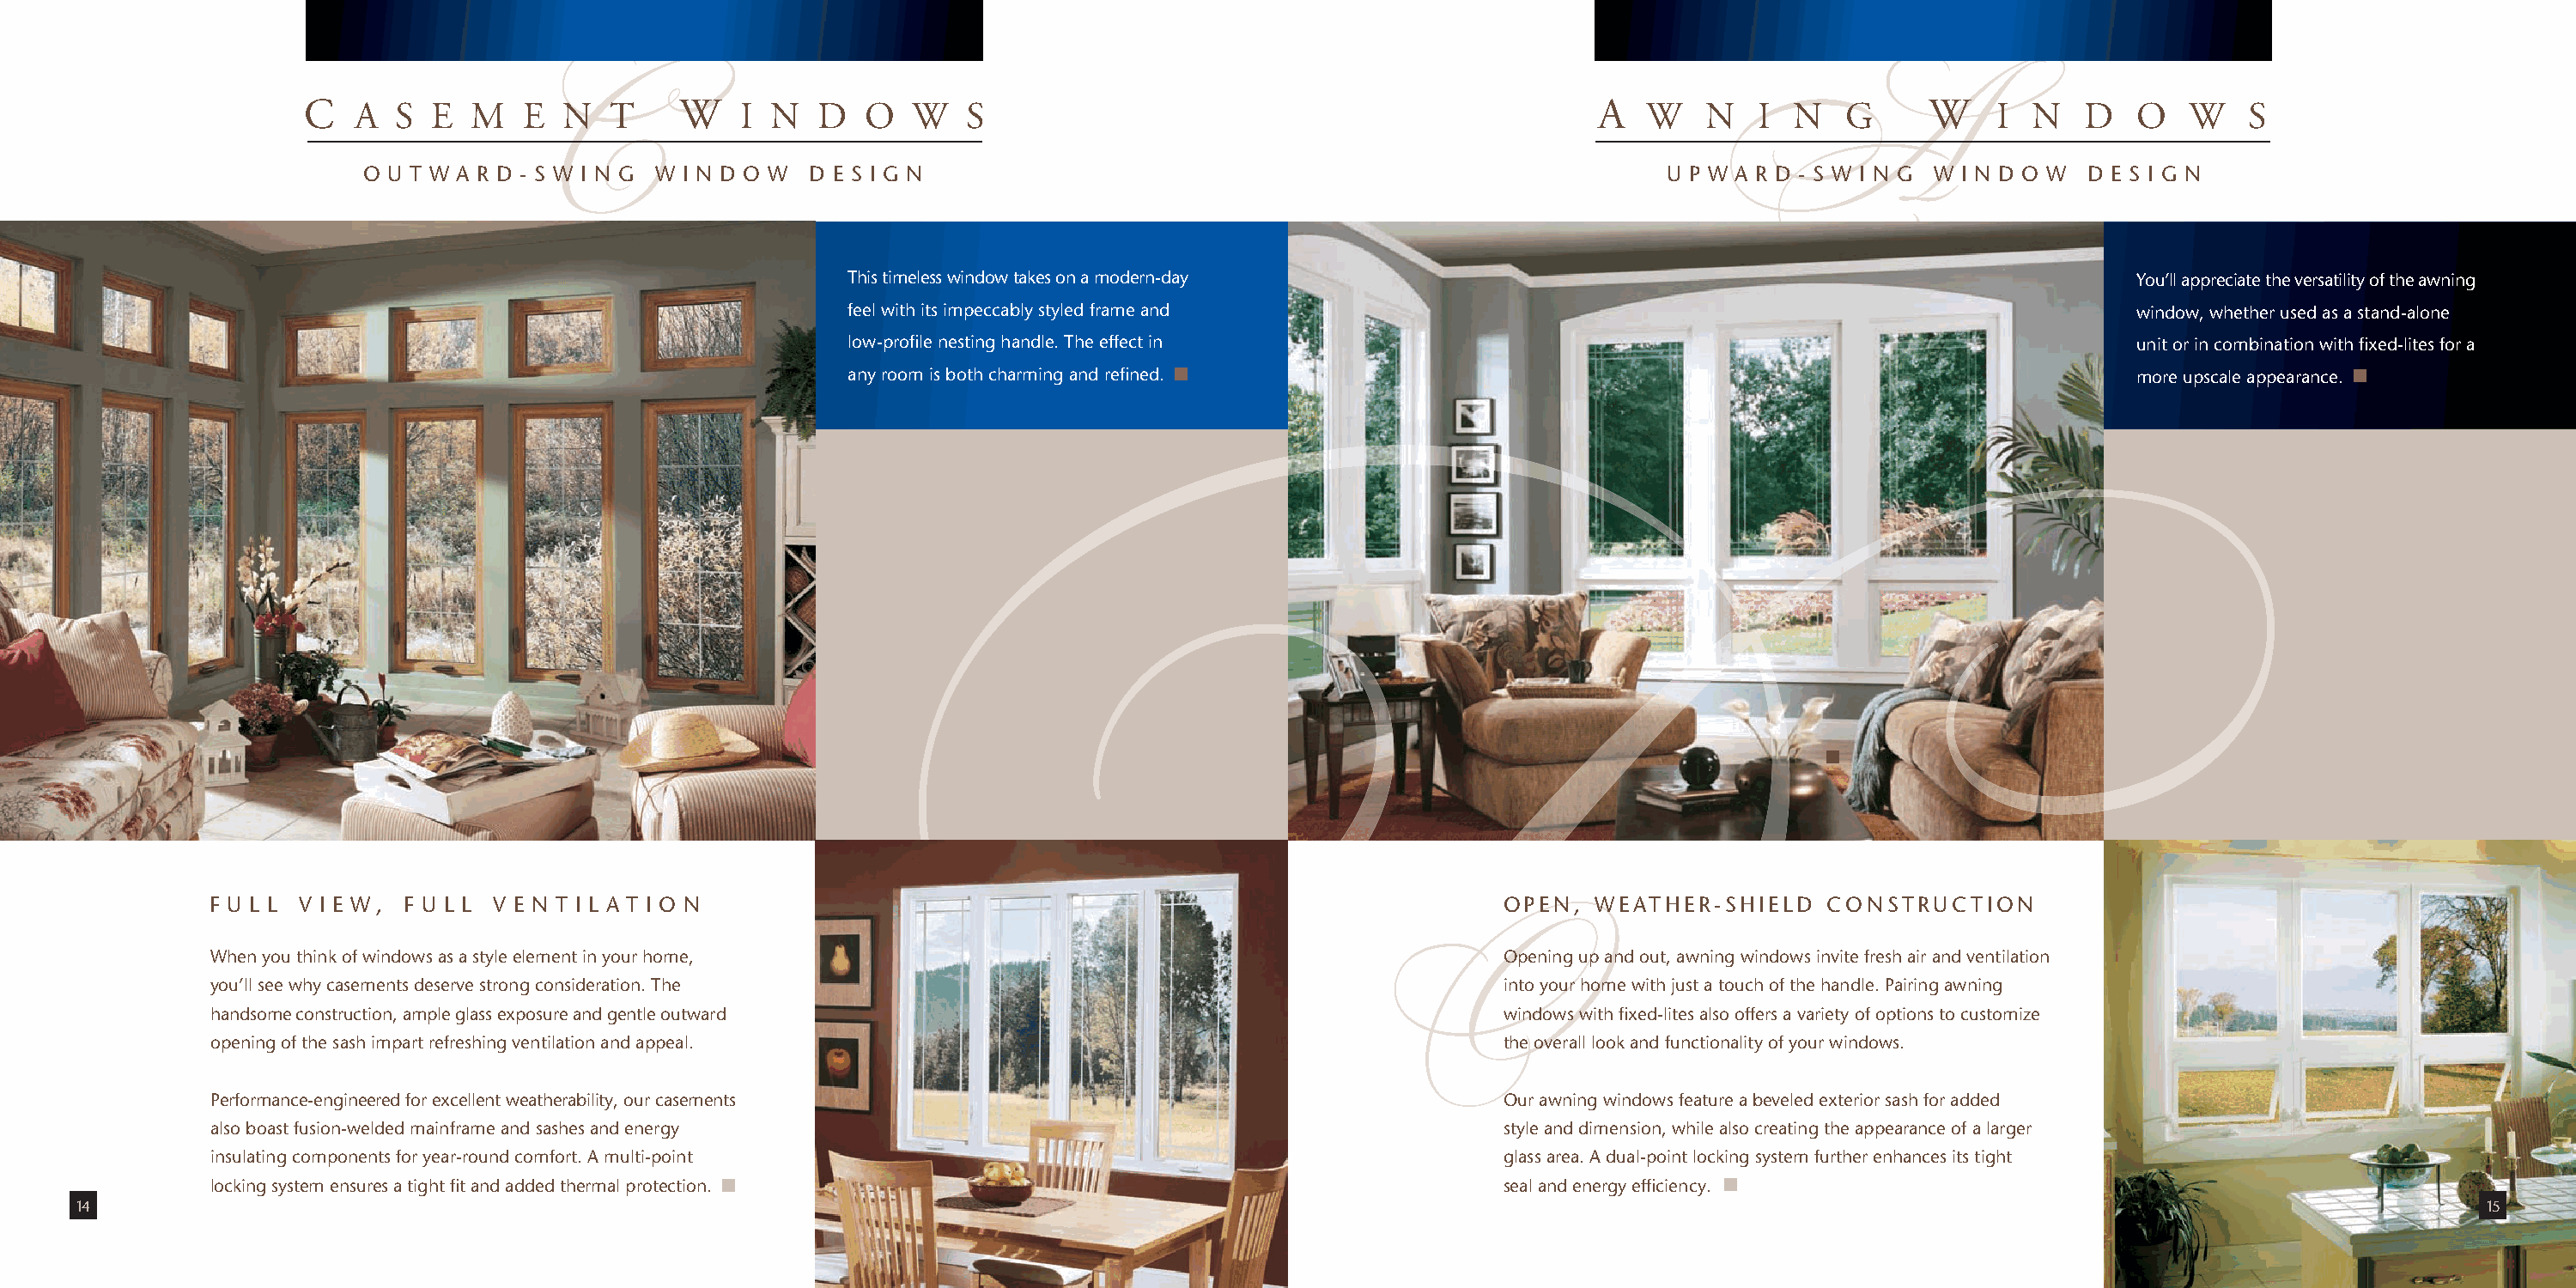
C   A  S  E  M   E  N   T    W    I N   D   O  W   S                                                A   W   N    I N   G      W    I  N   D   O   W   S
 O U T W A R D - S W I N G W I N D O W D E S I G N                                                    U P W A R D - S W I N G W I N D O W D E S I G N
 C                                                                                         A
 This timeless window takes on a modern-day                                                          You’ll appreciate the versatility of the awning
 feel with its impeccably styled frame and                                                           window, whether used as a stand-alone
 low-profile nesting handle. The effect in                                                           unit or in combination with fixed-lites for a
 any room is both charming and refined.                                                              more upscale appearance.
 F U L L V I E W , F U L L V E N T I L A T I O N                                                     OPEN,  WEATHER-SHIELD    CONSTRUCTION
 When you think of windows as a style element in your home,                                          Opening up and out, awning windows invite fresh air and ventilation
 you’ll see why casements deserve strong consideration. The                                          into your home with just a touch of the handle. Pairing awning
 handsome construction, ample glass exposure and gentle outward                                      windows with fixed-lites also offers a variety of options to customize
 opening of the sash impart refreshing ventilation and appeal.                                       the overall look and functionality of your windows.
 O
 Performance-engineered for excellent weatherability, our casements                                  Our awning windows feature a beveled exterior sash for added
 also boast fusion-welded mainframe and sashes and energy                                            style and dimension, while also creating the appearance of a larger
 insulating components for year-round comfort. A multi-point                                         glass area. A dual-point locking system further enhances its tight
 locking system ensures a tight fit and added thermal protection.                                    seal and energy efficiency.
 14                                                                                                                                                                                        15